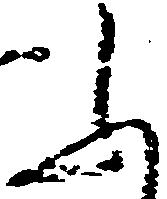
ふ